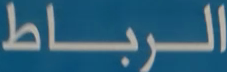
الرباط